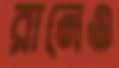
রানেও